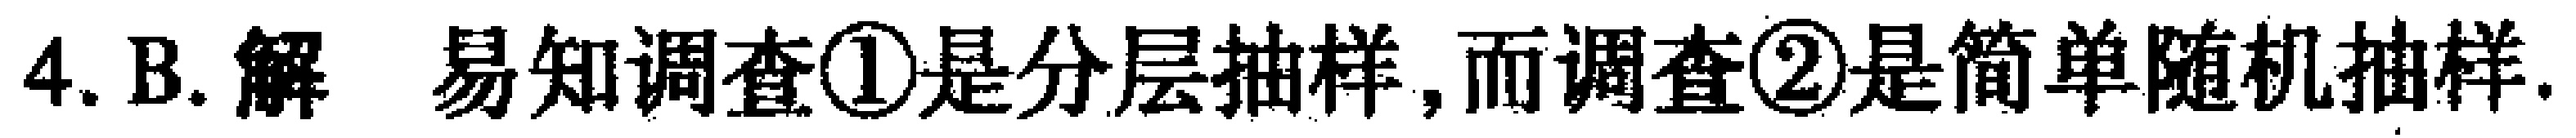
4. B. 解 易知调查\textcircled{1}是分层抽样, 而调查\textcircled{2}是简单随机抽样.